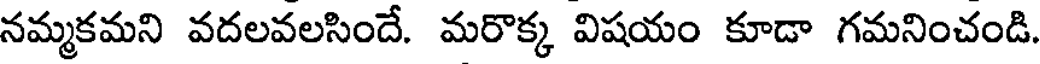
నమ్మకమని వదలవలసిందే. మరొక్క విషయం కూడా గమనించండి